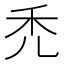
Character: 禿